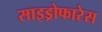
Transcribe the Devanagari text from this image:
साइड्रोफारेस